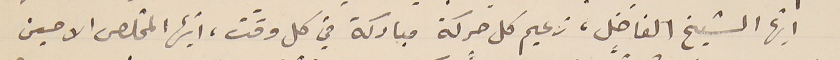
ايّها الشيخ الفاضل، زعيم كل حركة مباركة في كل وقت، أيها المخلص الامين